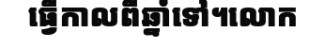
ធ្វើកាលពីឆ្នាំទៅ។លោក